Indian journal of veterinary science and animal husbandry - Volume 4,
Year: 1934
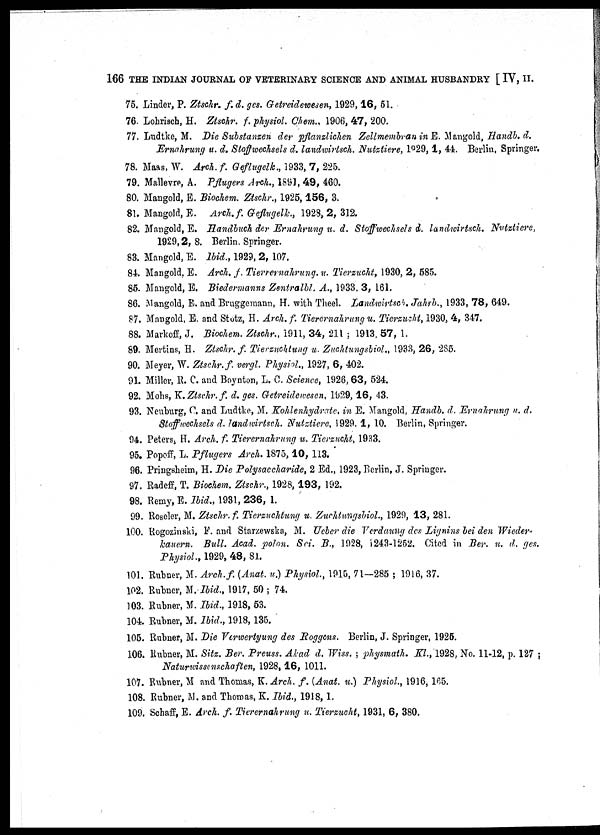
166 THE INDIAN JOURNAL OF VETERINARY SCIENCE AND ANIMAL HUSBANDRY [ IV, II.
75. Linder, P. Ztschr. f. d. ges. Getreidewesen, 1929, 16, 51.
76. Lohrisch, H. Ztschr. f. physiol. Chem., 1906, 47, 200.
77. Ludtke, M. Die Substanzen der pflanzlichen Zellmembran in E. Mangold, Handb. d.
Ernahrung u. d. Stoffwechsels d. landwirtsch. Nutztiere, 1929, 1, 44. Berlin, Springer.
78. Maas, W. Arch. f. Geflugelk., 1933, 7, 225.
79. Mallevre, A. Pflugers Arch., 1891, 49, 460.
80. Mangold, E. Biochem. Ztschr., 1925, 156, 3.
81. Mangold, E. Arch.f. Geflugelk., 1928, 2, 312.
82. Mangold, E. Handbuch der Ernahrung u. d. Stoffwechsels d. landwirtsch. Nutztiere,
1929,2, 8. Berlin. Springer.
83. Mangold, E. Ibid., 1929, 2, 107.
84. Mangold, E. Arch. f. Tierrernahrung. u. Tierzucht, 1930, 2, 585.
85. Mangold, E. Biedermanns Zentralbl. A., 1933, 3, 161.
86. Mangold, E. and Bruggemann, H. with Theel. Landwirtsch. Jahrb., 1933, 78, 649.
87. Mangold, E. and Stotz, H. Arch.f. Tierernahrung u. Tierzucht, 1930, 4, 347.
88. Markoff, J. Biochem. Ztschr., 1911, 34, 211 ; 1913, 57, 1.
89. Mertins, H. Ztschr. f. Tierzuchtung u. Zuchtungsbiol., 1933, 26, 285.
90. Meyer, W. Ztschr. f. vergl. Physiol., 1927, 6, 402.
91. Miller, R. C. and Boynton, L. C. Science, 1926, 63, 524.
92. Mohs, K. Ztschr. f. d. ges. Getreidewesen, 1929, 16, 43.
93. Neuburg, C. and Ludtke, M. Kohlenhydrate, in E. Mangold, Handb. d. Ernahrung u. d.
Stoffwechsels d. landwirtsch. Nutztiere, 1929. 1, 10. Berlin, Springer.
94. Peters, H. Arch. f. Tierernahrung u. Tierzucht, 1933.
95. Popoff, L. Pflugers Arch. 1875, 10, 113.
96. Pringsheim, H. Die Polysaccharide, 2 Ed., 1923, Berlin, J. Springer.
97. Radeff, T. Biochem. Ztschr., 1928, 193, 192.
98. Remy, E. Ibid., 1931, 236, 1.
99. Roseler, M. Ztschr. f. Tierzuchtung u. Zuchtungsbiol., 1929, 13, 281.
100. Rogozinski, F. and Starzewska, M. Ueber die Verdaung des Lignins bei den Wieder-
kauern. Bull. Acad. polon. Sci. B., 1928, 1243-1252. Cited in Ber. u. d. ges.
Physiol., 1929, 48, 81.
101. Rubner, M. Arch.f. (Anat. u.) Physiol., 1915, 71—285 ; 1916, 37.
102. Rubner, M. Ibid., 1917, 50 ; 74.
103. Rubner, M. Ibid., 1918, 53.
104. Rubner, M. Ibid., 1918, 135.
105. Rubner, M. Die Verwertyung des Roggens. Berlin, J. Springer, 1925.
106. Rubner, M. Sitz. Ber. Preuss. Akad d. Wiss. ; physmath. Kl., 1928, No. 11-12, p. 127 ;
Naturwissenschaften, 1928, 16, 1011.
107. Rubner, M and Thomas, K. Arch. f. (Anat. u.) Physiol., 1916, 165.
108. Rubner, M. and Thomas, K. Ibid., 1918, 1.
109. Schaff, E. Arch. f. Tierernahrung u. Tierzucht, 1931, 6, 380,